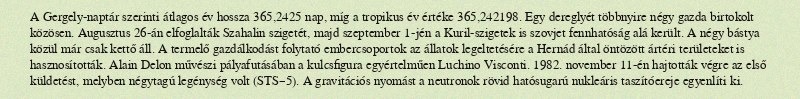
A Gergely-naptár szerinti átlagos év hossza 365,2425 nap, míg a tropikus év értéke 365,242198. Egy dereglyét többnyire négy gazda birtokolt közösen. Augusztus 26-án elfoglalták Szahalin szigetét, majd szeptember 1-jén a Kuril-szigetek is szovjet fennhatóság alá került. A négy bástya közül már csak kettő áll. A termelő gazdálkodást folytató embercsoportok az állatok legeltetésére a Hernád által öntözött ártéri területeket is hasznosították. Alain Delon művészi pályafutásában a kulcsfigura egyértelműen Luchino Visconti. 1982. november 11-én hajtották végre az első küldetést, melyben négytagú legénység volt (STS–5). A gravitációs nyomást a neutronok rövid hatósugarú nukleáris taszítóereje egyenlíti ki.